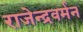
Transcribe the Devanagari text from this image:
राजेन्द्रवर्मन